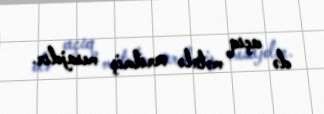
də açıq mətnlə verilmiş mesajdır.